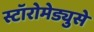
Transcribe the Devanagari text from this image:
स्टॉरोमेड्युसे